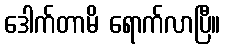
ဒေါက်တာမိ ရောက်လာပြီ။